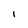
Character: i